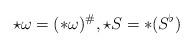
LaTeX: \begin{align*} \star \omega = (*\omega)^\#, \star S = *(S^\flat)\end{align*}